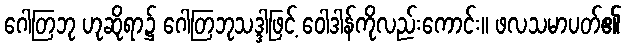
ဂေါတြဘု ဟုဆိုရာ၌ ဂေါတြဘုသဒ္ဒါဖြင့် ဝေါဒါန်ကိုလည်းကောင်း။ ဖလသမာပတ်၏